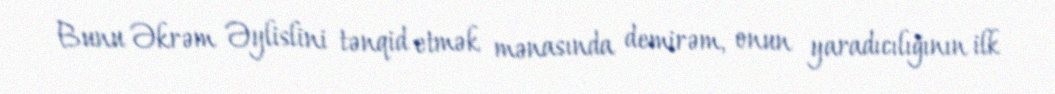
Bunu Əkrəm Əylislini tənqid etmək mənasında demirəm, onun yaradıcılığının ilk